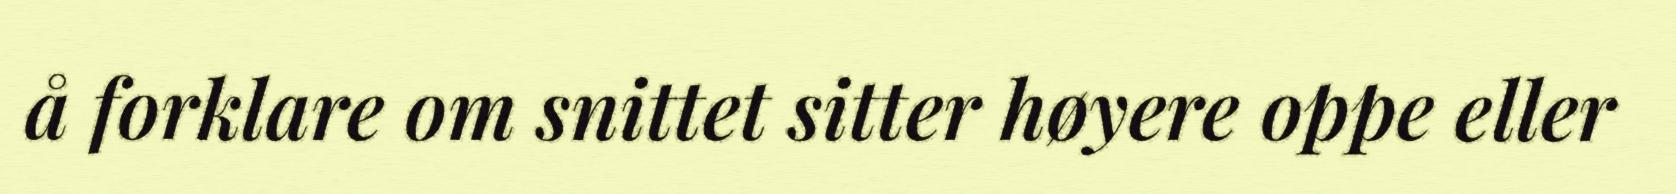
å forklare om snittet sitter høyere oppe eller